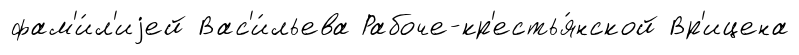
фам'и́л'иjей Вас'и́льева Рабоче-кр'естья́нской Вр'ицена